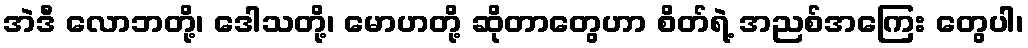
အဲဒီ လောဘတို့၊ ဒေါသတို့၊ မောဟတို့ ဆိုတာတွေဟာ စိတ်ရဲ့ အညစ်အကြေး တွေပါ၊